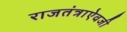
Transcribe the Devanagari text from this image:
राजतंत्राऐवजी